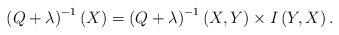
LaTeX: \begin{align*}\left( Q+\lambda \right) ^{-1}\left( X\right) =\left( Q+\lambda \right)^{-1}\left( X,Y\right) \times I\left( Y,X\right) . \end{align*}